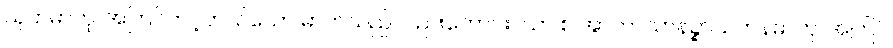
သုဘဓာတု၊ အကြင်တင့်တယ်သော ဓာတ်သည်လည်းကောင်း။ ယာ စ အာကာသာနဉ္စာယတနဓာတု၊ အကြင်